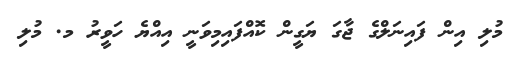
މުލި އިން ފައިނަލްގެ ޖާގަ ޔަގީން ކޮއްފައިމިވަނީ އިއްޔެ ހަވީރު މ. މުލި